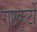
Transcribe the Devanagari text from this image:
राष्टकूटों